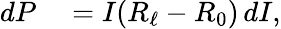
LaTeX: \begin{array}{rl}{\mathop{dP}}&{{}=I(R_{\ell}-R_{0})\mathop{dI},}\end{array}